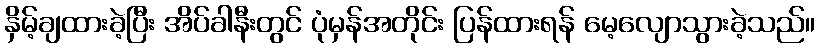
နှိမ့်ချထားခဲ့ပြီး အိပ်ခါနီးတွင် ပုံမှန်အတိုင်း ပြန်ထားရန် မေ့လျောသွားခဲ့သည်။